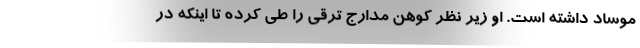
موساد داشته است. او زیر نظر کوهن مدارج ترقی را طی کرده تا اینکه در